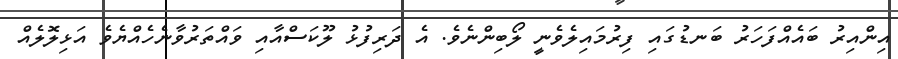
އިންއިރު ބައެއްފަހަރު ބަނޑުގައި ފިރުމައިލެވެނީ ލޯބިންނެވެ. އެ ދަރިފުޅު ލޫކަސްއާއި ވައްތަރުވާނެހެއްޔެވެ އަޅިލޮލެއް